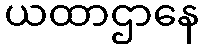
ယထာဌာနေ